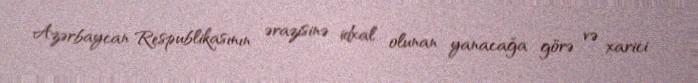
Azərbaycan Respublikasının ərazisinə idxal olunan yanacağa görə və xarici